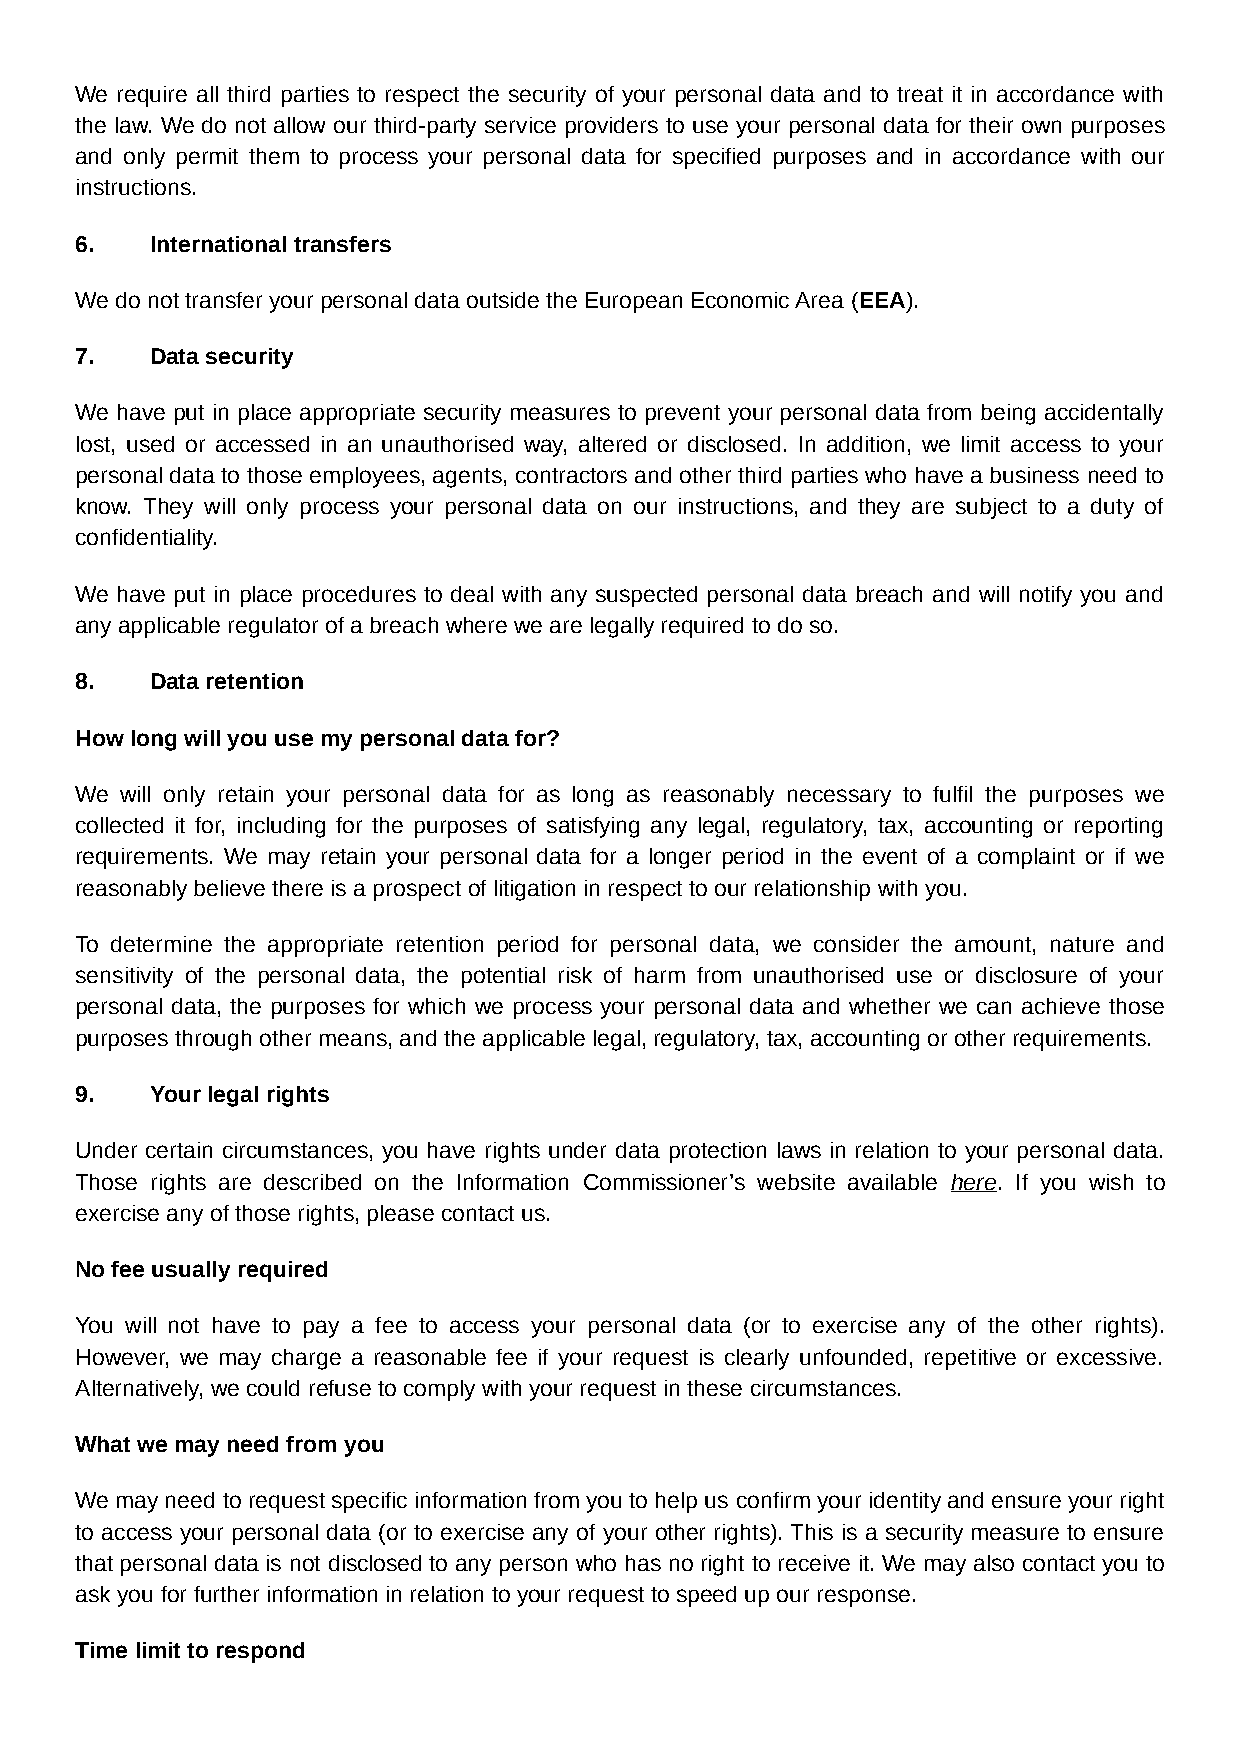
We require all third parties to respect the security of your personal data and to treat it in accordance with
 the law. We do not allow our third-party service providers to use your personal data for their own purposes
 and only permit them to process your personal data for specified purposes and in accordance with our
 instructions.
 6.   International transfers
 We do not transfer your personal data outside the European Economic Area (EEA).
 7.   Data security
 We have put in place appropriate security measures to prevent your personal data from being accidentally
 lost, used or accessed in an unauthorised way, altered or disclosed. In addition, we limit access to your
 personal data to those employees, agents, contractors and other third parties who have a business need to
 know. They will only process your personal data on our instructions, and they are subject to a duty of
 confidentiality.
 We have put in place procedures to deal with any suspected personal data breach and will notify you and
 any applicable regulator of a breach where we are legally required to do so.
 8.   Data retention
 How long will you use my personal data for?
 We will only retain your personal data for as long as reasonably necessary to fulfil the purposes we
 collected it for, including for the purposes of satisfying any legal, regulatory, tax, accounting or reporting
 requirements. We may retain your personal data for a longer period in the event of a complaint or if we
 reasonably believe there is a prospect of litigation in respect to our relationship with you.
 To determine the appropriate retention period for personal data, we consider the amount, nature and
 sensitivity of the personal data, the potential risk of harm from unauthorised use or disclosure of your
 personal data, the purposes for which we process your personal data and whether we can achieve those
 purposes through other means, and the applicable legal, regulatory, tax, accounting or other requirements.
 9.   Your legal rights
 Under certain circumstances, you have rights under data protection laws in relation to your personal data.
 Those rights are described on the Information Commissioner’s website available here. If you wish to
 exercise any of those rights, please contact us.
 No fee usually required
 You will not have to pay a fee to access your personal data (or to exercise any of the other rights).
 However, we may charge a reasonable fee if your request is clearly unfounded, repetitive or excessive.
 Alternatively, we could refuse to comply with your request in these circumstances.
 What we may need from you
 We may need to request specific information from you to help us confirm your identity and ensure your right
 to access your personal data (or to exercise any of your other rights). This is a security measure to ensure
 that personal data is not disclosed to any person who has no right to receive it. We may also contact you to
 ask you for further information in relation to your request to speed up our response.
 Time limit to respond